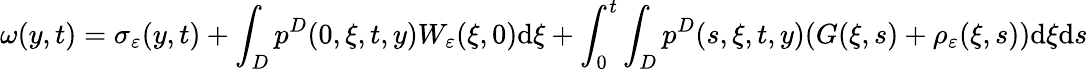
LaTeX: \omega(y,t)=\sigma_{\varepsilon}(y,t)+\int_{D}p^{D}(0,\xi,t,y)W_{\varepsilon}(\xi,0)\textrm{d}\xi+\int_{0}^{t}\int_{D}p^{D}(s,\xi,t,y)(G(\xi,s)+\rho_{\varepsilon}(\xi,s))\textrm{d}\xi\textrm{d}s